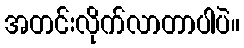
အတင်းလိုက်လာတာပါပဲ။